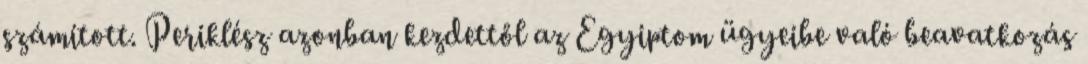
számított. Periklész azonban kezdettől az Egyiptom ügyeibe való beavatkozás